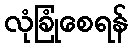
လုံခြုံစေရန်